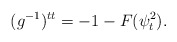
\begin{align*} (g^{-1})^{tt}=-1-F(\psi_t^2).\end{align*}